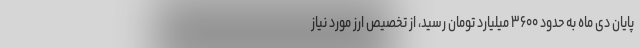
پایان دی ماه به حدود ۳۶۰۰ میلیارد تومان رسید، از تخصیص ارز مورد نیاز